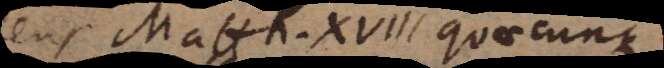
ens Matth. XVIII quaecunque